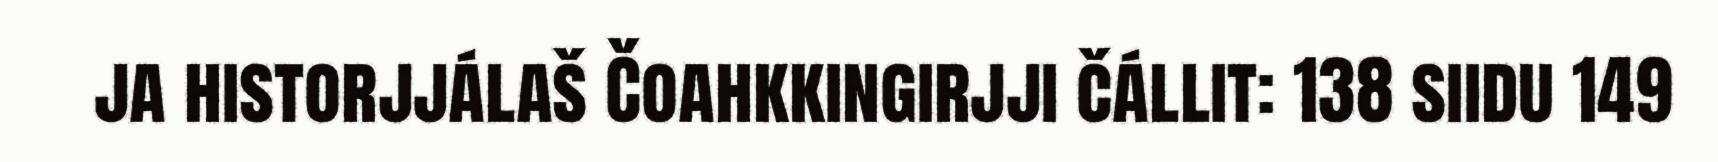
ja historjjálaš Čoahkkingirjji čállit: 138 siidu 149